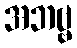
အဘဗ္ဗ